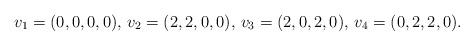
LaTeX: \begin{align*}v_1=(0,0,0,0), \, v_2=(2,2, 0,0), \, v_3=(2,0,2,0),\, v_4=(0,2,2,0).\end{align*}